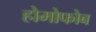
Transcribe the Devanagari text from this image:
होमोफोब